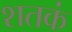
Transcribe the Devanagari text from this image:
शतकं